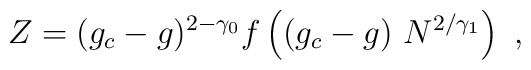
Z = (g_c-g)^{ 2-\gamma_ 0}f \left((g_c-g) \ N^{2/\gamma_ 1}\right) \ ,